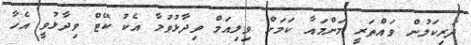
ދަރިކަލުން ވައްތަރީ މަންމައާ ކަމަށް ވިލިއަމް ވިދާޅުވުމާ އެކު ކޭޓް ވިދާޅުވީ އެހާ